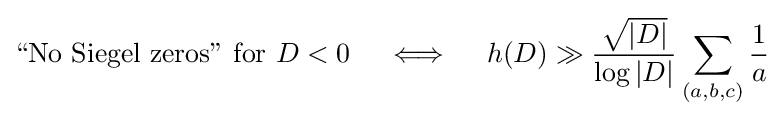
{\text{“No Siegel zeros” for }}D<0\quad \iff \quad h(D)\gg {\frac {\sqrt {|D|}}{\log |D|}}\sum _{(a,b,c)}{\frac {1}{a}}